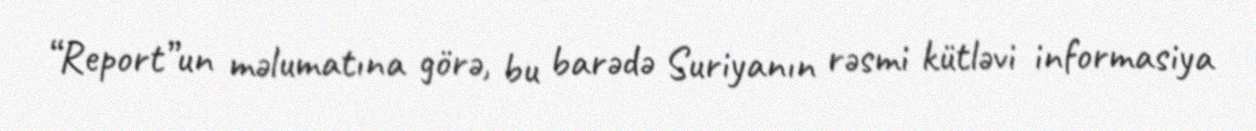
“Report”un məlumatına görə, bu barədə Suriyanın rəsmi kütləvi informasiya